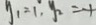
y _ { 1 } = 1 , y _ { 2 } = - 1